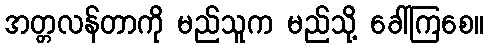
အတ္တလန်တာကို မည်သူက မည်သို့ ခေါ်ကြစေ။